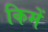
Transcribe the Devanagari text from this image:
किमें